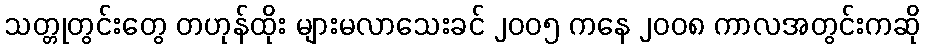
သတ္တုတွင်းတွေ တဟုန်ထိုး များမလာသေးခင် ၂၀၀၅ ကနေ ၂၀၀၈ ကာလအတွင်းကဆို